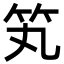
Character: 笂